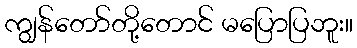
ကျွန်တော်တို့တောင် မပြောပြဘူး။